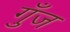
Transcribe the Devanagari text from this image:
गुँज